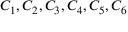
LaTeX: C _ { 1 } , C _ { 2 } , C _ { 3 } , C _ { 4 } , C _ { 5 } , C _ { 6 }